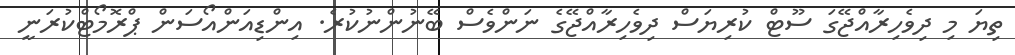
ތިޔަ މި ދިވެހިރާއްޖޭގަ ސޫޓް ކުރިޔަސް ދިވެހިރާއްޖޭގެ ނަންވެސް ބޭނުންނުކުރެ. އިންޑިއަންއޯސަން ޕްރޮމޯޓްކުރަނީ